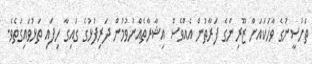
ތަހުސީނުގެ ވާހަކައަށް ޒޫރިންގެ ފަރާތުން އެއްވެސް އިޝާރާތެއްނުވުމުން ދަރިފުޅުގެ ގައިގާ ހިފައި ތަޅުވައިގަތެވެ.